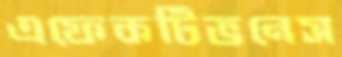
এফেকটিভনেস